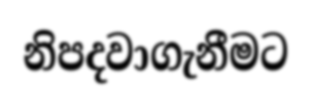
නිපදවාගැනීමට